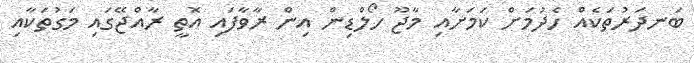
ބަނދަރުތަކެއް ހެދުމަށް ކަމަށާއި މާޖޫ ހޯލްޑިން އިން ރާވާފައި އޮތީ ރާއްޖޭގައި މަގުތަކާއި